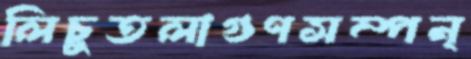
লিচুতলাগুণসম্পন্